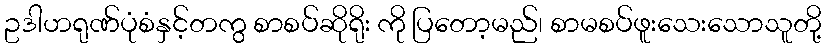
ဥဒါဟရုဏ်ပုံစံနှင့်တကွ စာစပ်ဆိုရိုး ကို ပြတော့မည်၊ စာမစပ်ဖူးသေးသောသူတို့